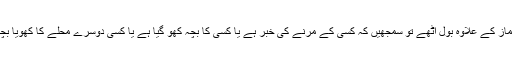
مسجد کا مائیک اگر نماز کے علاوہ بول اٹھے تو سمجھیں کہ کسی کے مرنے کی خبر ہے یا کسی کا بچہ کھو گیا ہے یا کسی دوسرے محلے کا کھویا بچہ محلے میں آگیا ہے۔